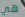
هي